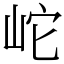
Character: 岮